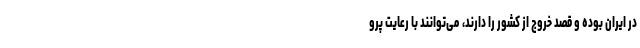
در ایران بوده و قصد خروج از کشور را دارند، می‌توانند با رعایت پرو